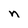
Character: n